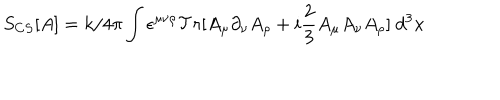
LaTeX: S _ { C S } [ A ] = k / 4 \pi \int \epsilon ^ { \mu \nu \rho } { \cal T } r [ A _ { \mu } \partial _ { \nu } A _ { \rho } + i \frac { 2 } { 3 } A _ { \mu } A _ { \nu } A _ { \rho } ] \ d ^ { 3 } x